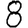
Digit: 8